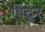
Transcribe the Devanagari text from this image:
विंटूर